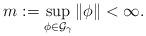
LaTeX: \begin{align*}m:=\sup_{\phi\in\mathcal{G}_{\gamma}}\|\phi\|<\infty.\end{align*}